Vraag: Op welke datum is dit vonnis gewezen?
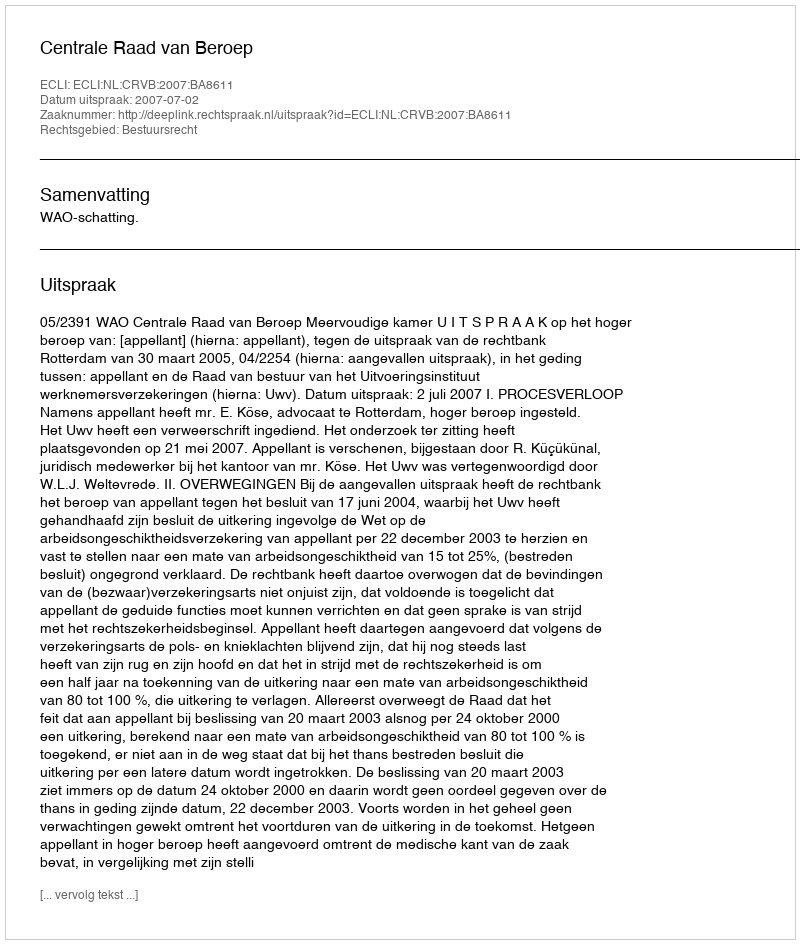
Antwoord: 2007-07-02